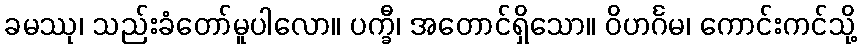
ခမဿု၊ သည်းခံတော်မူပါလော။ ပက္ခီ၊ အတောင်ရှိသော။ ဝိဟင်္ဂမ၊ ကောင်းကင်သို့